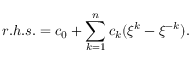
r . h . s . = c _ { 0 } + \sum _ { k = 1 } ^ { n } c _ { k } ( \xi ^ { k } - \xi ^ { - k } ) .